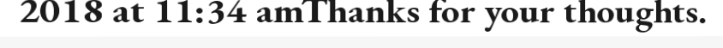
2018 at 11:34 amThanks for your thoughts.